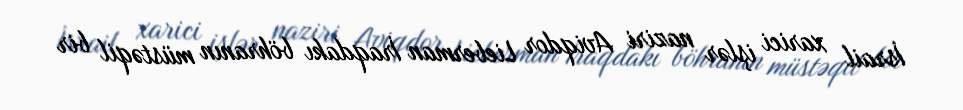
İsrail xarici işlər naziri Aviqdor Lieberman İraqdakı böhranın müstəqil bir